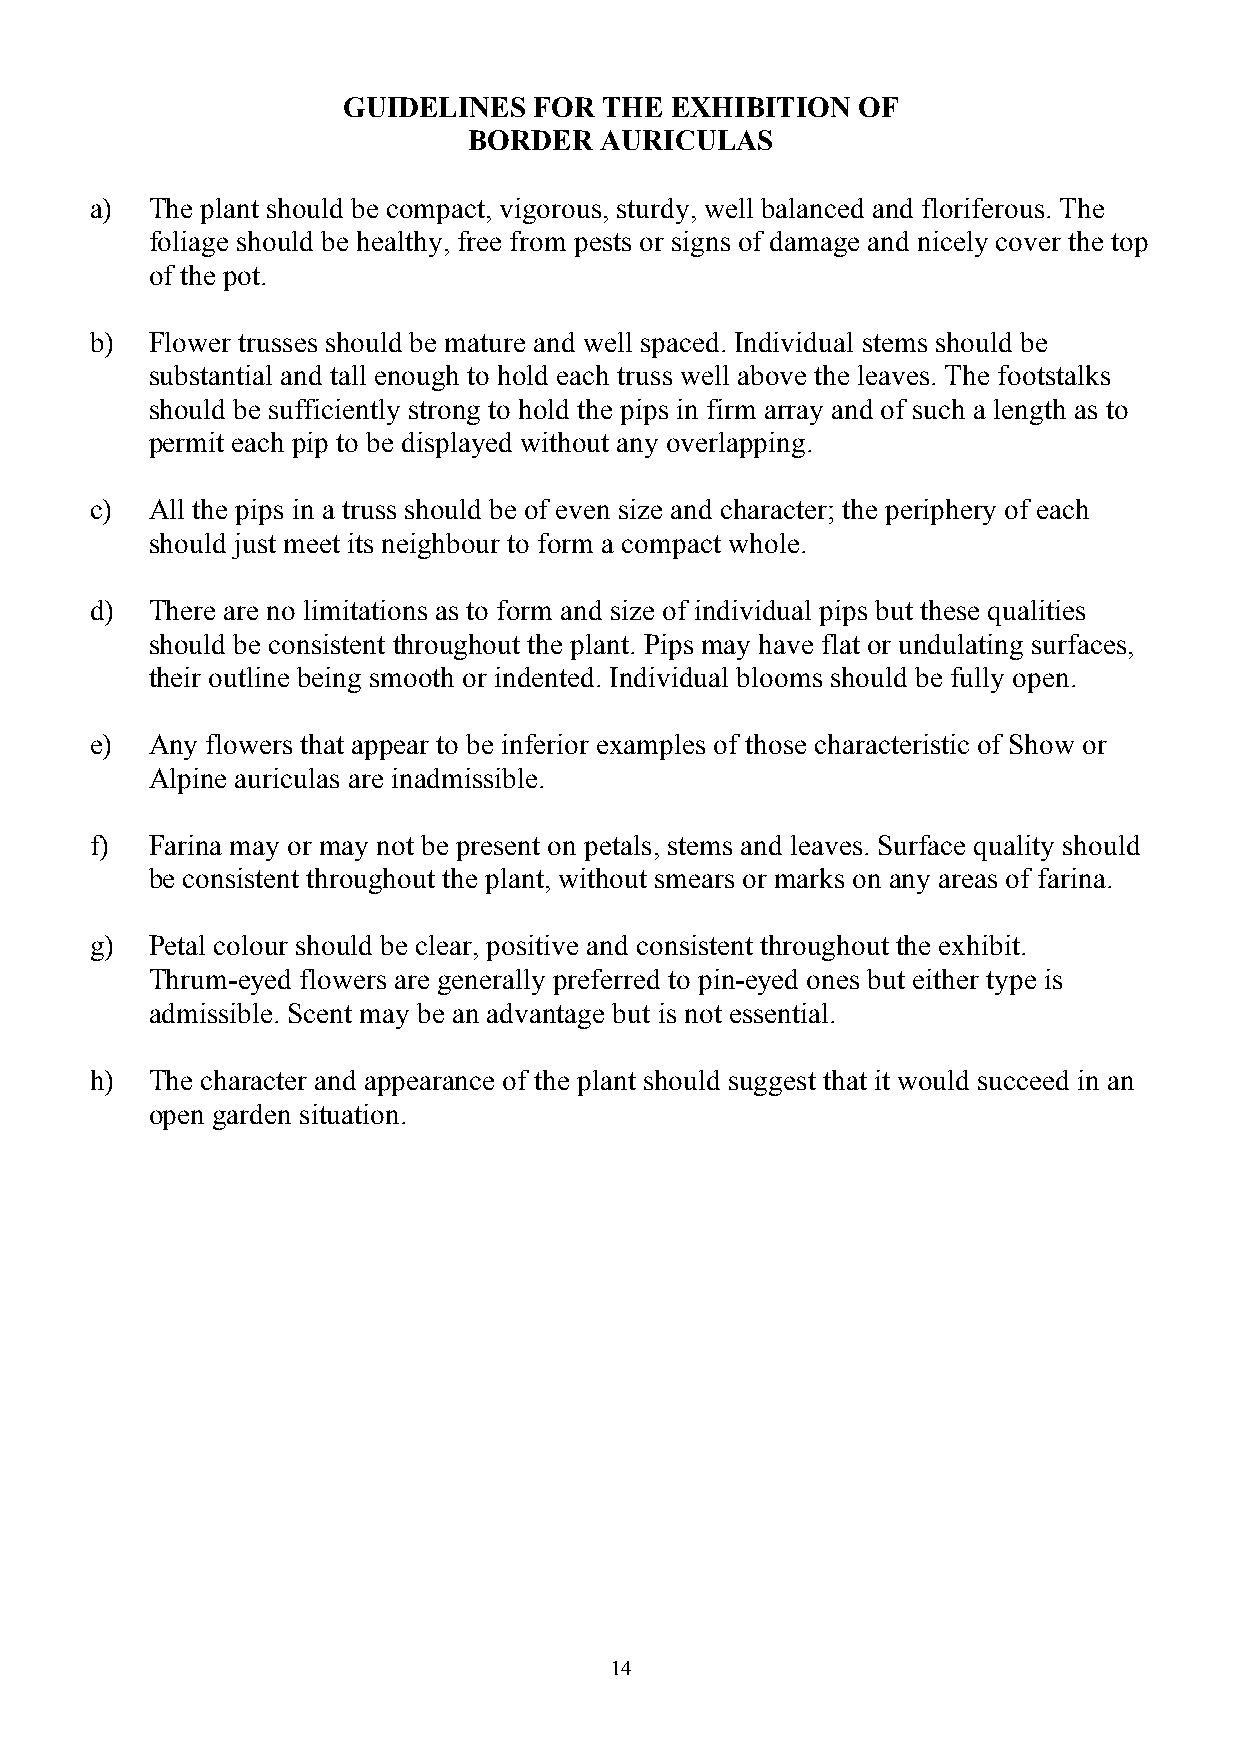
GUIDELINES  FOR  THE EXHIBITION   OF
 BORDER   AURICULAS
 a)  The plant should be compact, vigorous, sturdy, well balanced and floriferous. The
 foliage should be healthy, free from pests or signs of damage and nicely cover the top
 of the pot.
 b)  Flower trusses should be mature and well spaced. Individual stems should be
 substantial and tall enough to hold each truss well above the leaves. The footstalks
 should be sufficiently strong to hold the pips in firm array and of such a length as to
 permit each pip to be displayed without any overlapping.
 c)  All the pips in a truss should be of even size and character; the periphery of each
 should just meet its neighbour to form a compact whole.
 d)  There are no limitations as to form and size of individual pips but these qualities
 should be consistent throughout the plant. Pips may have flat or undulating surfaces,
 their outline being smooth or indented. Individual blooms should be fully open.
 e)  Any flowers that appear to be inferior examples of those characteristic of Show or
 Alpine auriculas are inadmissible.
 f)  Farina may or may not be present on petals, stems and leaves. Surface quality should
 be consistent throughout the plant, without smears or marks on any areas of farina.
 g)  Petal colour should be clear, positive and consistent throughout the exhibit.
 Thrum-eyed flowers are generally preferred to pin-eyed ones but either type is
 admissible. Scent may be an advantage but is not essential.
 h)  The character and appearance of the plant should suggest that it would succeed in an
 open garden situation.
 14